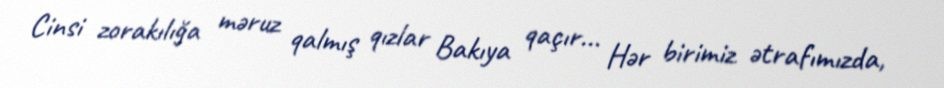
Cinsi zorakılığa məruz qalmış qızlar Bakıya qaçır... Hər birimiz ətrafımızda,